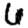
Digit: 6